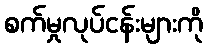
စက်မှုလုပ်ငန်းများကို